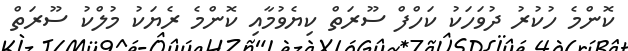
ކޮންމެ ހުކުރު ދުވަހަކު ކަހްފް ސޫރަތް ކިޔެވުމާއި ކޮންމެ ރެޔަކު މުލްކު ސޫރަތް